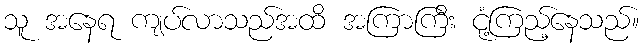
သူ အနေရ ကျပ်လာသည်အထိ အကြာကြီး ငုံ့ကြည့်နေသည်။